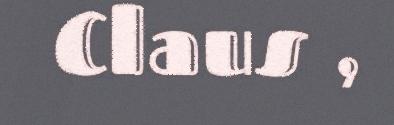
Claus ,